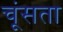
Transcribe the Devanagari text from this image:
चूंसता